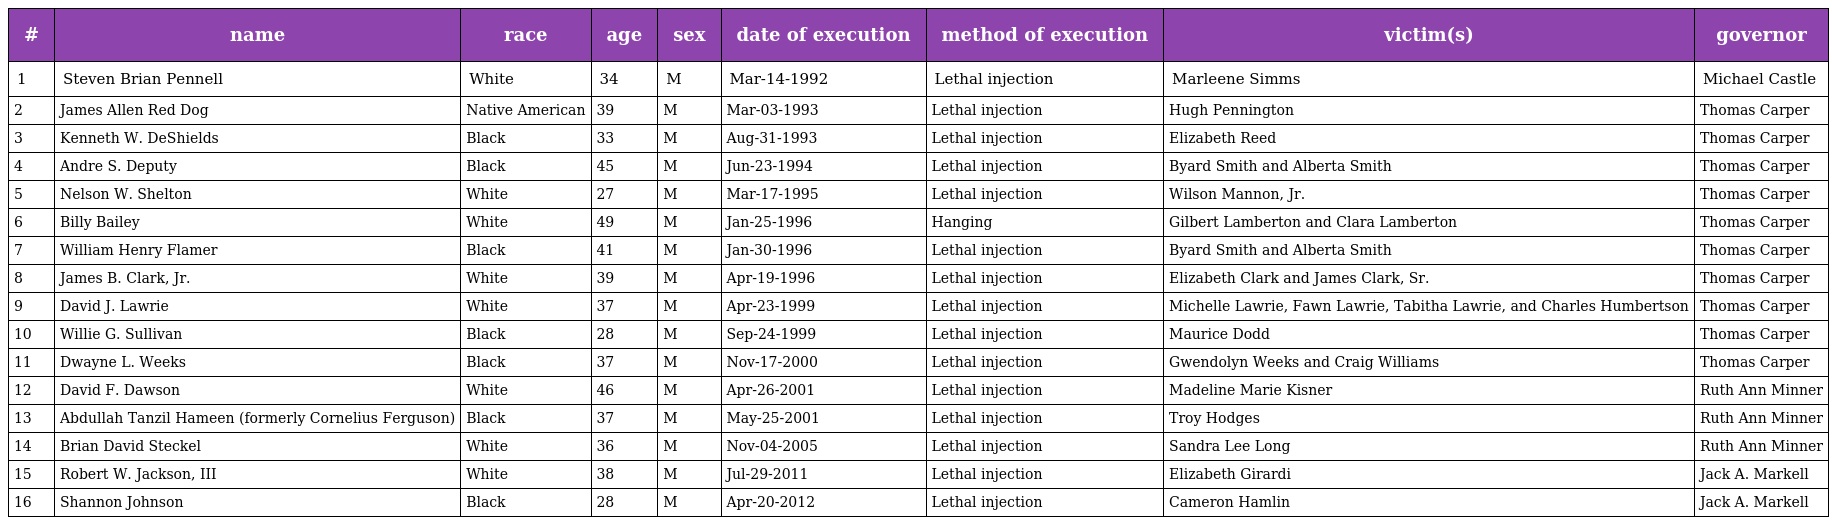
| # | name | race | age | sex | date of execution | method of execution | victim(s) | governor |
 | --- | --- | --- | --- | --- | --- | --- | --- | --- |
 | 1 | Steven Brian Pennell | White | 34 | M | Mar-14-1992 | Lethal injection | Marleene Simms | Michael Castle |
 | 2 | James Allen Red Dog | Native American | 39 | M | Mar-03-1993 | Lethal injection | Hugh Pennington | Thomas Carper |
 | 3 | Kenneth W. DeShields | Black | 33 | M | Aug-31-1993 | Lethal injection | Elizabeth Reed | Thomas Carper |
 | 4 | Andre S. Deputy | Black | 45 | M | Jun-23-1994 | Lethal injection | Byard Smith and Alberta Smith | Thomas Carper |
 | 5 | Nelson W. Shelton | White | 27 | M | Mar-17-1995 | Lethal injection | Wilson Mannon, Jr. | Thomas Carper |
 | 6 | Billy Bailey | White | 49 | M | Jan-25-1996 | Hanging | Gilbert Lamberton and Clara Lamberton | Thomas Carper |
 | 7 | William Henry Flamer | Black | 41 | M | Jan-30-1996 | Lethal injection | Byard Smith and Alberta Smith | Thomas Carper |
 | 8 | James B. Clark, Jr. | White | 39 | M | Apr-19-1996 | Lethal injection | Elizabeth Clark and James Clark, Sr. | Thomas Carper |
 | 9 | David J. Lawrie | White | 37 | M | Apr-23-1999 | Lethal injection | Michelle Lawrie, Fawn Lawrie, Tabitha Lawrie, and Charles Humbertson | Thomas Carper |
 | 10 | Willie G. Sullivan | Black | 28 | M | Sep-24-1999 | Lethal injection | Maurice Dodd | Thomas Carper |
 | 11 | Dwayne L. Weeks | Black | 37 | M | Nov-17-2000 | Lethal injection | Gwendolyn Weeks and Craig Williams | Thomas Carper |
 | 12 | David F. Dawson | White | 46 | M | Apr-26-2001 | Lethal injection | Madeline Marie Kisner | Ruth Ann Minner |
 | 13 | Abdullah Tanzil Hameen (formerly Cornelius Ferguson) | Black | 37 | M | May-25-2001 | Lethal injection | Troy Hodges | Ruth Ann Minner |
 | 14 | Brian David Steckel | White | 36 | M | Nov-04-2005 | Lethal injection | Sandra Lee Long | Ruth Ann Minner |
 | 15 | Robert W. Jackson, III | White | 38 | M | Jul-29-2011 | Lethal injection | Elizabeth Girardi | Jack A. Markell |
 | 16 | Shannon Johnson | Black | 28 | M | Apr-20-2012 | Lethal injection | Cameron Hamlin | Jack A. Markell |